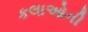
કલાઓની